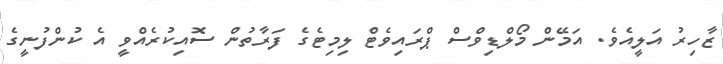
ޒާހިރު އަލީއެވެ. އަމޭން މޯލްޑިވްސް ޕްރައިވެޓް ލިމިޓެގެ ފަރާތުން ސޮއިކުރެއްވީ އެ ކުންފުނީގެ